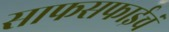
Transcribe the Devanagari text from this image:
साफसफाईचं